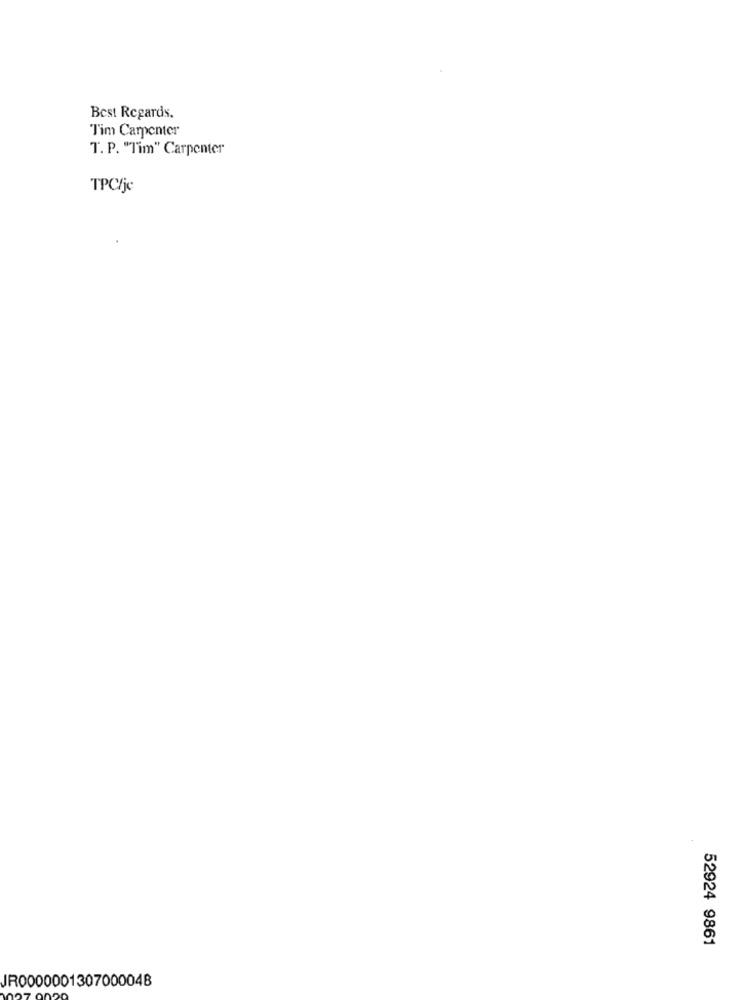
Best Regards.
Tim Carpenter
T. P. "Tim" Carpenter
TPC/jc
52924 9861
JR0000001307000048